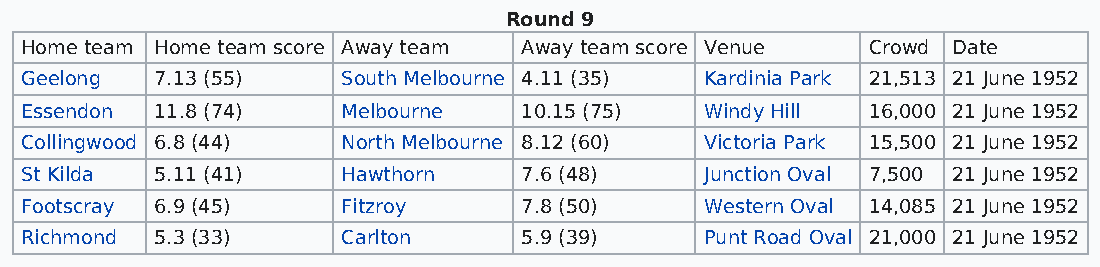
Round 9
 Home team Home team score Away team Away team score Venue Crowd Date
 Geelong  7.13 (55)    South Melbourne 4.11 (35) Kardinia Park 21,513 21 June 1952
 Essendon 11.8 (74)    Melbourne   10.15 (75)  Windy Hill 16,000 21 June 1952
 Collingwood 6.8 (44)  North Melbourne 8.12 (60) Victoria Park 15,500 21 June 1952
 St Kilda 5.11 (41)    Hawthorn    7.6 (48)    Junction Oval 7,500 21 June 1952
 Footscray 6.9 (45)    Fitzroy     7.8 (50)    Western Oval 14,085 21 June 1952
 Richmond 5.3 (33)     Carlton     5.9 (39)    Punt Road Oval 21,000 21 June 1952